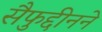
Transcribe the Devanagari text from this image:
सैफुद्दीनने